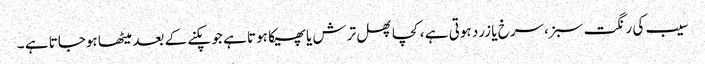
سیب کی رنگت سبز،سرخ یا زرد ہوتی ہے ،کچا پھل ترش یا پھیکا ہوتا ہے جو پکنے کے بعد میٹھا ہوجاتا ہے ۔